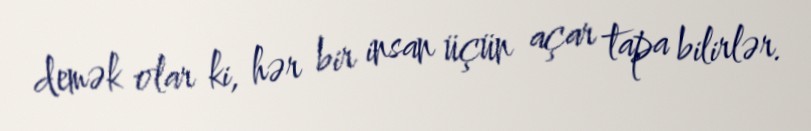
demək olar ki, hər bir insan üçün açar tapa bilirlər.